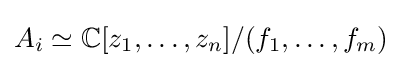
A_{i}\simeq \mathbb {C} [z_{1},\dots ,z_{n}]/(f_{1},\dots ,f_{m})